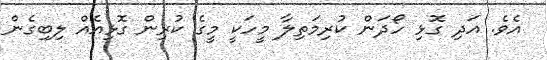
އެވެ. އަދި ގޮޅި ހޯދަން ކުރިމަތިލާ މީހަކީ މީގެ ކުރިން ގޮޅިއެއް ލިބިގެން